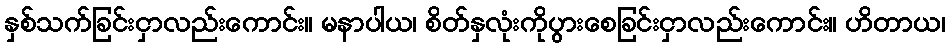
နှစ်သက်ခြင်းငှာလည်းကောင်း။ မနာပါယ၊ စိတ်နှလုံးကိုပွားစေခြင်းငှာလည်းကောင်း။ ဟိတာယ၊